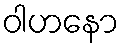
ဝါဟနော